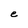
Character: e